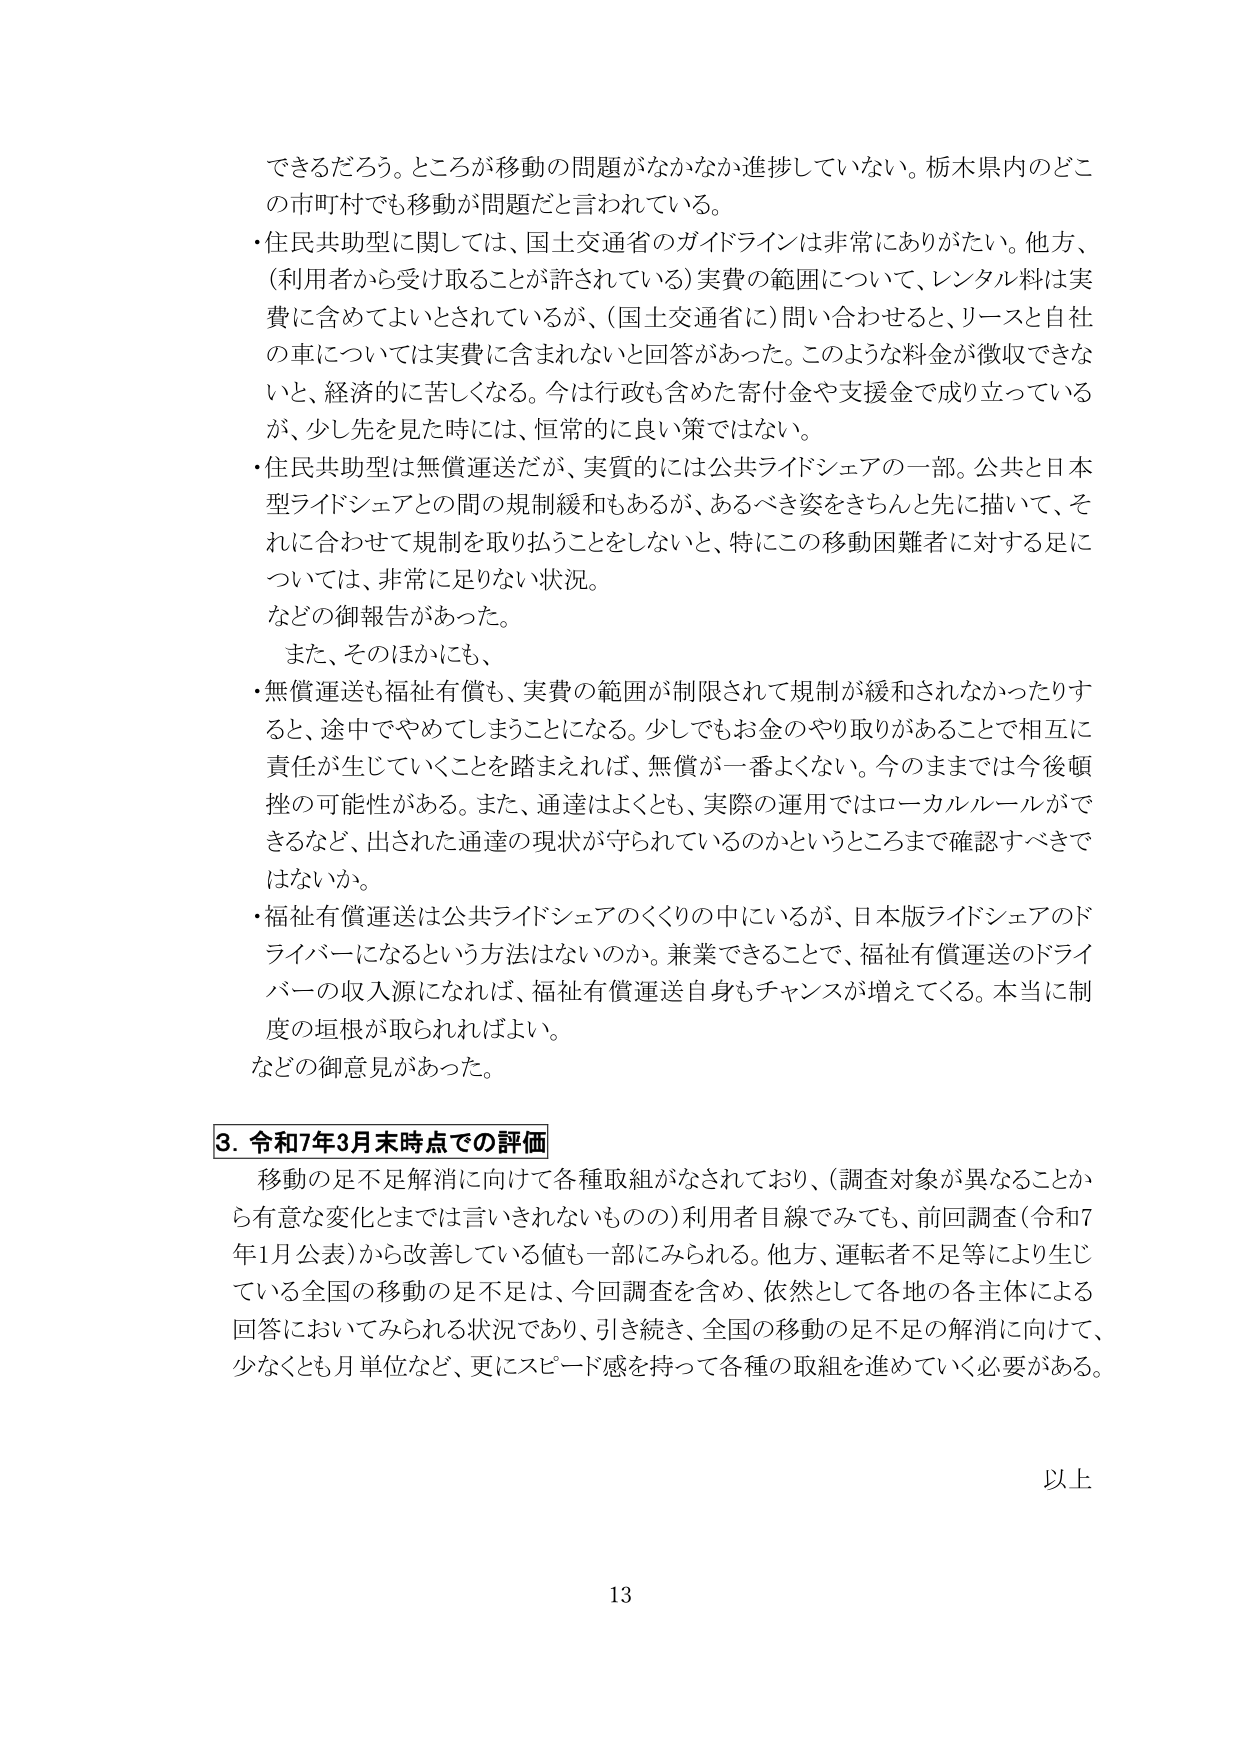
できるだろう。ところが移動の問題がなかなか進捗していない。栃木県内のどの市町村でも移動が問題だと言われている。

・住民共助型に関しては、国土交通省のガイドラインは非常にありがたい。他方、（利用者から受け取ることが許されている）実費の範囲について、レンタル料は実費に含めてよいとされているが、（国土交通省に）問い合わせると、リースと自社の車については実費に含まれないと回答があった。このような料金が徴収できないと、経済的に苦しくなる。今は行政も含めた寄付金や支援金で成り立っているが、少し先を見た時には、恒常的に良い策ではない。

・住民共助型は無償運送だが、実質的には公共ライドシェアの一部。公共と日本型ライドシェアとの間の規制緩和もあるが、あるべき姿をきちんと先に描いて、それに合わせて規制を取り払うことをしないと、特にこの移動困難者に対する足については、非常に足りない状況。

などの御報告があった。

また、そのほかにも、

・無償運送も福祉有償も、実費の範囲が制限されて規制が緩和されなかったりすると、途中でやめてしまうことになる。少しでもお金のやり取りがあることで相互に責任が生じていくことを踏まえれば、無償が一番よくない。今のままでは今後頓挫の可能性がある。また、通達はよくとも、実際の運用ではローカルルールができるなど、出された通達の現状が守られているのかというところまで確認すべきではないか。

・福祉有償運送は公共ライドシェアのくくりの中にいるが、日本版ライドシェアのドライバーになるという方法はないのか。兼業できることで、福祉有償運送のドライバーの収入源になれば、福祉有償運送自身もチャンスが増えてくる。本当に制度の垣根が取られればよい。

などの御意見があった。

3. 令和7年3月末時点での評価

移動の足不足解消に向けて各種取組がなされており、（調査対象が異なることから有意な変化とまでは言いきれないものの）利用者目線でみても、前回調査（令和7年1月公表）から改善している値も一部にみられる。他方、運転者不足等により生じている全国の移動の足不足は、今回調査を含め、依然として各地の各主体による回答においてみられる状況であり、引き続き、全国の移動の足不足の解消に向けて、少なくとも月単位など、更にスピード感を持って各種の取組を進めていく必要がある。

以上

13